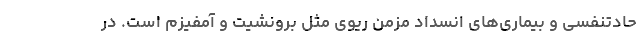
حادتنفسی و بیماری‌های انسداد مزمن ریوی مثل برونشیت و آمفیزم است. در